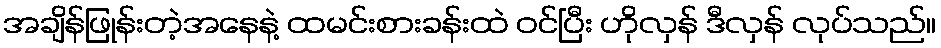
အချိန်ဖြုန်းတဲ့အနေနဲ့ ထမင်းစားခန်းထဲ ဝင်ပြီး ဟိုလှန် ဒီလှန် လုပ်သည်။